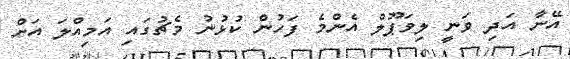
އޭނާ އަދި ވަނީ ލިވަޕޫލް އެންމެ ފަހުން ކުޅުނު މެޗުގައި އަމިއްލަ އަށް